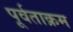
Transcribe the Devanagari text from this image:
पूर्वताक्रम